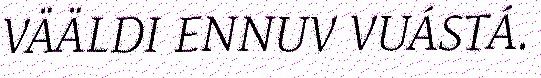
VÄÄLDI ENNUV VUÁSTÁ.